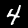
Digit: 4